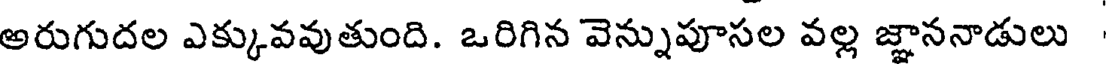
అరుగుదల ఎక్కువవుతుంది. ఒరిగిన వెన్నుపూసల వల్ల జ్ఞాననాడులు